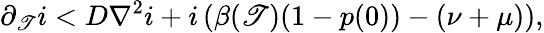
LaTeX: \partial_{\mathscr{T}}i<D\nabla^{2}i+i\left(\beta(\mathscr{T})(1-p(0))-(\nu+\mu)\right),